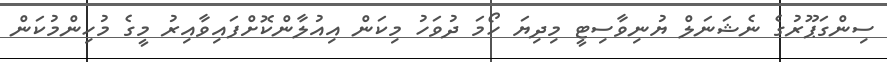
ސިންގަޕޫރުގެ ނެޝަނަލް ޔުނިވާސިޓީ މިދިޔަ ހޯމަ ދުވަހު މިކަން އިއުލާާންކޮށްފައިވާއިރު މީގެ މުހިންމުކަން